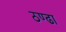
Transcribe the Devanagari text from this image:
ठण्ढा